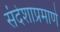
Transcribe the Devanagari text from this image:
संदेशाप्रमाणे